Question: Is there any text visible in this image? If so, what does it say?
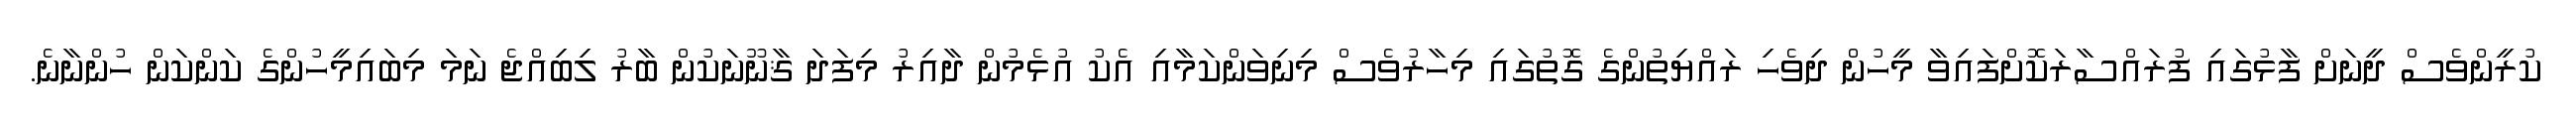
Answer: ކުރީންވެސް ދީނަށް ފާޅުގައި ފުރައްސާރަކޮށްފައިވާ މީހުން ދިވެހި ރައްޔިތުންގެ ގޮތުގައި މިހާރުވެސް މިނިވަންކަމާއި އެކު އުޅެމުން ދާއިރު މިފަދަ ޤާނޫނަކުން ބާރު ލިބިއްޖެ ނަމަ މިބައިމީހުންގެ ކަންކަން ހުންނާނެ.